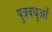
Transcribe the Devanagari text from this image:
पुत्रवधुओं